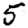
Digit: 5